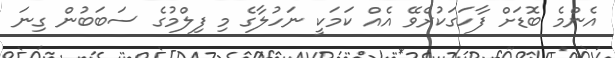
އެންމެ ބޮޑަށް ފާހަގަކުރެވޭ އެއް ކަމަކީ ނަހުލާގެ މި ފިލްމުގެ ސަބަބުން ގިނަ